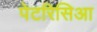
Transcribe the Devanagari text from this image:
पेटरिसिआ